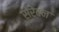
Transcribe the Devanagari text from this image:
सेरेवन